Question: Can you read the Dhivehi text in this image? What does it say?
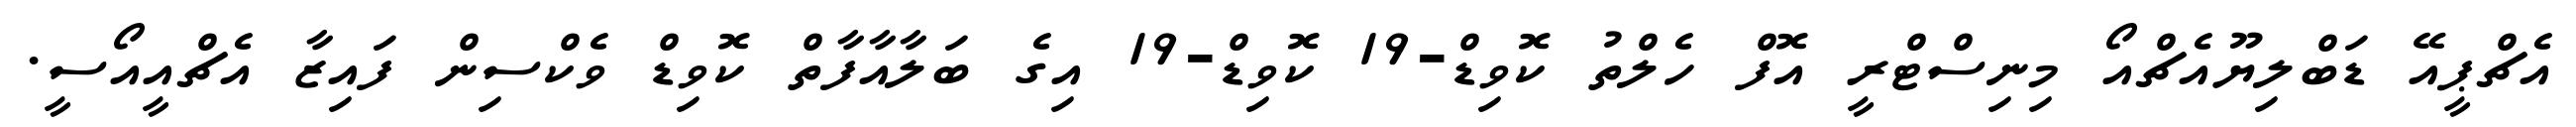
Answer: އެޗްޕީއޭ ޑަބްލިޔޫއެޗްއޯ މިނިސްޓްރީ އޮފް ހެލްތު ކޮވިޑް-19 ކޮވިޑް-19 އިގެ ބަލާއާފާތް ކޮވިޑް ވެކްސިން ފައިޒާ އެޗްއީއޯސީ.